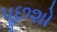
પૂછશો